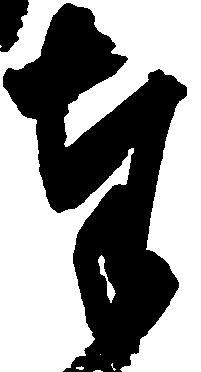
奉